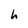
Character: h